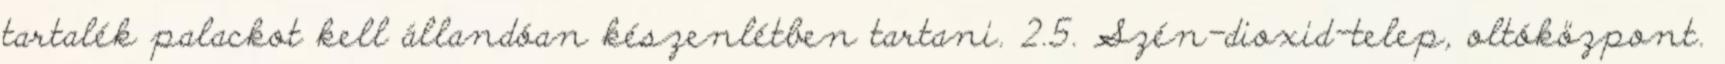
tartalék palackot kell állandóan készenlétben tartani. 2.5. Szén-dioxid-telep, oltóközpont.